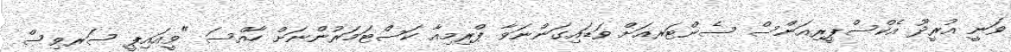
ވަނީ އުރީދޫ އެކްސްޕީރިއަންސް ސެންޓަރއަށް ވަޑައިގަންނަވާ ޕްރިމިއާ ކަސްޓަމަރުންނަށް ހާއްސަ "ވީއައިޕީ ސަރވިސް